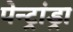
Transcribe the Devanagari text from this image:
पेन्ट्रांड्रा